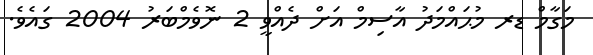
މަގާމް ޑރ މުޙައްމަދު އާސިމް އަށް ދެއްވީ 2 ނޮވެމްބަރު 2004 ގައެވެ.